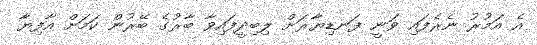
އެ އަމުރު ނެރެފައި ވަނީ ފަނޑިޔާރަށް ލިބިދީފައިވާ ބާރުގެ ބޭރުން ކަމަށް އާފިޔާ